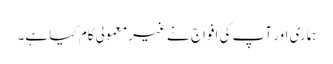
ہماری اور آپ کی افواج نے غیرمعمولی کام کیا ہے۔